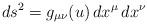
LaTeX: \begin{align*}ds^2 = g_{\mu\nu}(u)\, dx^{\mu}\, dx^{\nu}\end{align*}